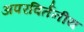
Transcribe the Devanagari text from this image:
अपरविर्तनीय